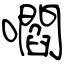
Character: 嚪